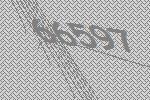
66597